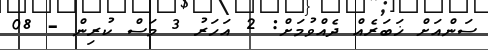
ސަންއަށް ޚަބަރެއް ދެއްވުމަށް: 2 އަހަރު 3 މަސް ކުރިން - 08